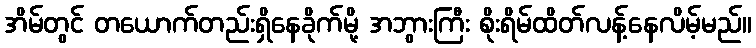
အိမ်တွင် တယောက်တည်းရှိနေခိုက်မို့ အဘွားကြီး စိုးရိမ်ထိတ်လန့်နေလိမ့်မည်။